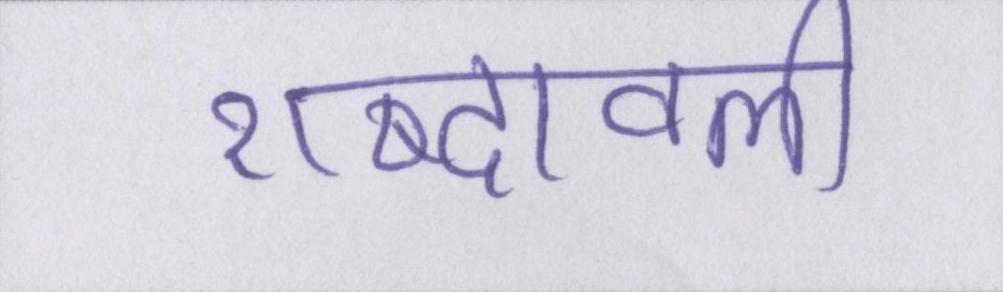
शब्दावली